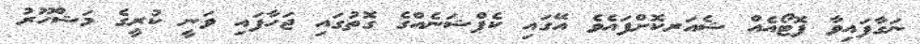
ނަގާފައިވާ ފޮޓޯއެއް ޝެއަރކޮށްފައެވެ އޭގައި ކެޕްޝަނެއްގެ ގޮތުގައި ޖަހާފައި ވަނީ ކުރީގެ މަޝްހޫރު